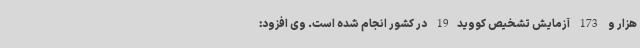
هزار و 173 آزمایش تشخیص کووید19 در کشور انجام شده است. وی افزود: